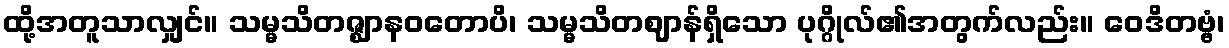
ထို့အတူသာလျှင်။ သမ္မသိတဇ္ဈာနဝတောပိ၊ သမ္မသိတဈာန်ရှိသော ပုဂ္ဂိုလ်၏အတွက်လည်း။ ဝေဒိတဗ္ဗံ၊